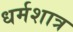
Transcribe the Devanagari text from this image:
धर्मशात्र